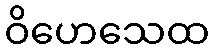
ဝိဟေသေထ